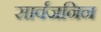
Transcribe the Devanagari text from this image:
सार्वजनिन